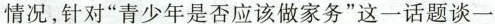
情况，针对”青少年是否应该做家务”这一话题谈一